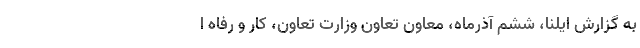
به گزارش ایلنا، ششم آذرماه، معاون تعاون وزارت تعاون، کار و رفاه ا